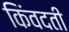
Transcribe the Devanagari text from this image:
किंवदती